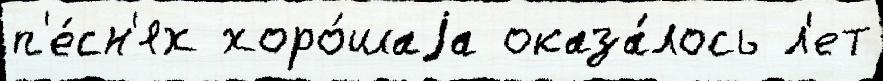
п'е́сн'ях хоро́шаjа оказа́лось л'ет